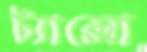
ট্যাক্সো